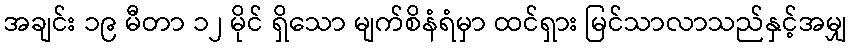
အချင်း ၁၉ မီတာ ၁၂ မိုင် ရှိသော မျက်စိနံရံမှာ ထင်ရှား မြင်သာလာသည်နှင့်အမျှ